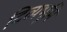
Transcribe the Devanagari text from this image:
दिव्यभूमि